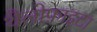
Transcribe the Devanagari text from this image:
थैलोफ़ाइटा